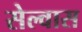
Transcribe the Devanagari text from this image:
सेल्वास